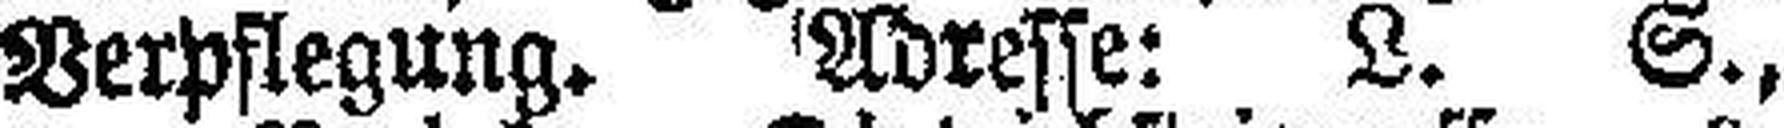
Verpflegung. Adresse: L. S.,